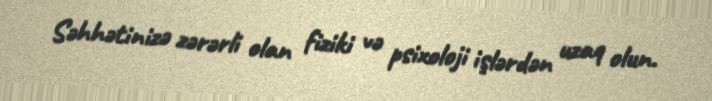
Səhhətinizə zərərli olan fiziki və psixoloji işlərdən uzaq olun.